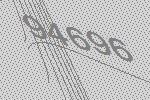
94696